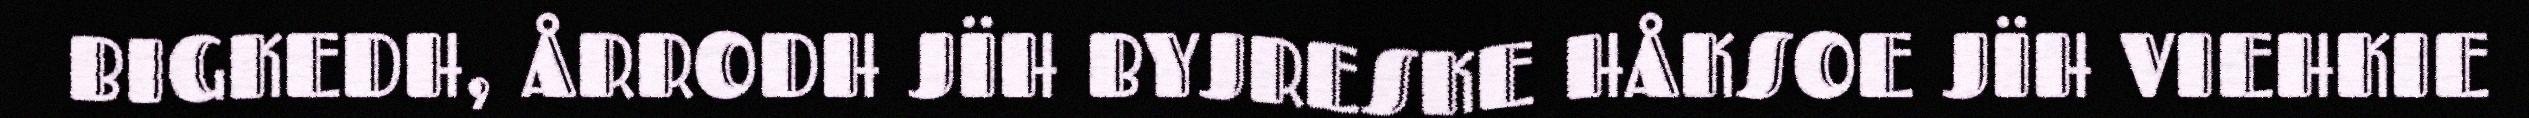
BIGKEDH, ÅRRODH JÏH BYJRESKE HÅKSOE JÏH VIEHKIE